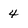
Character: 4